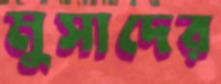
মুসাদের